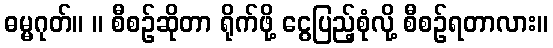
ဓမ္မဂုတ်။ ။ စီစဉ်ဆိုတာ ရိုက်ဖို့ ငွေပြည့်စုံလို့ စီစဉ်ရတာလား။